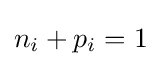
n_{i}+p_{i}=1